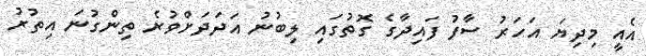
އެއީ މިދިޔަ އަހަރު ސާފު ފައިދާގެ ގޮތުގައި ލިބުނު އަދަދަށްވުރެ ތިންގުނަ އިތުރު